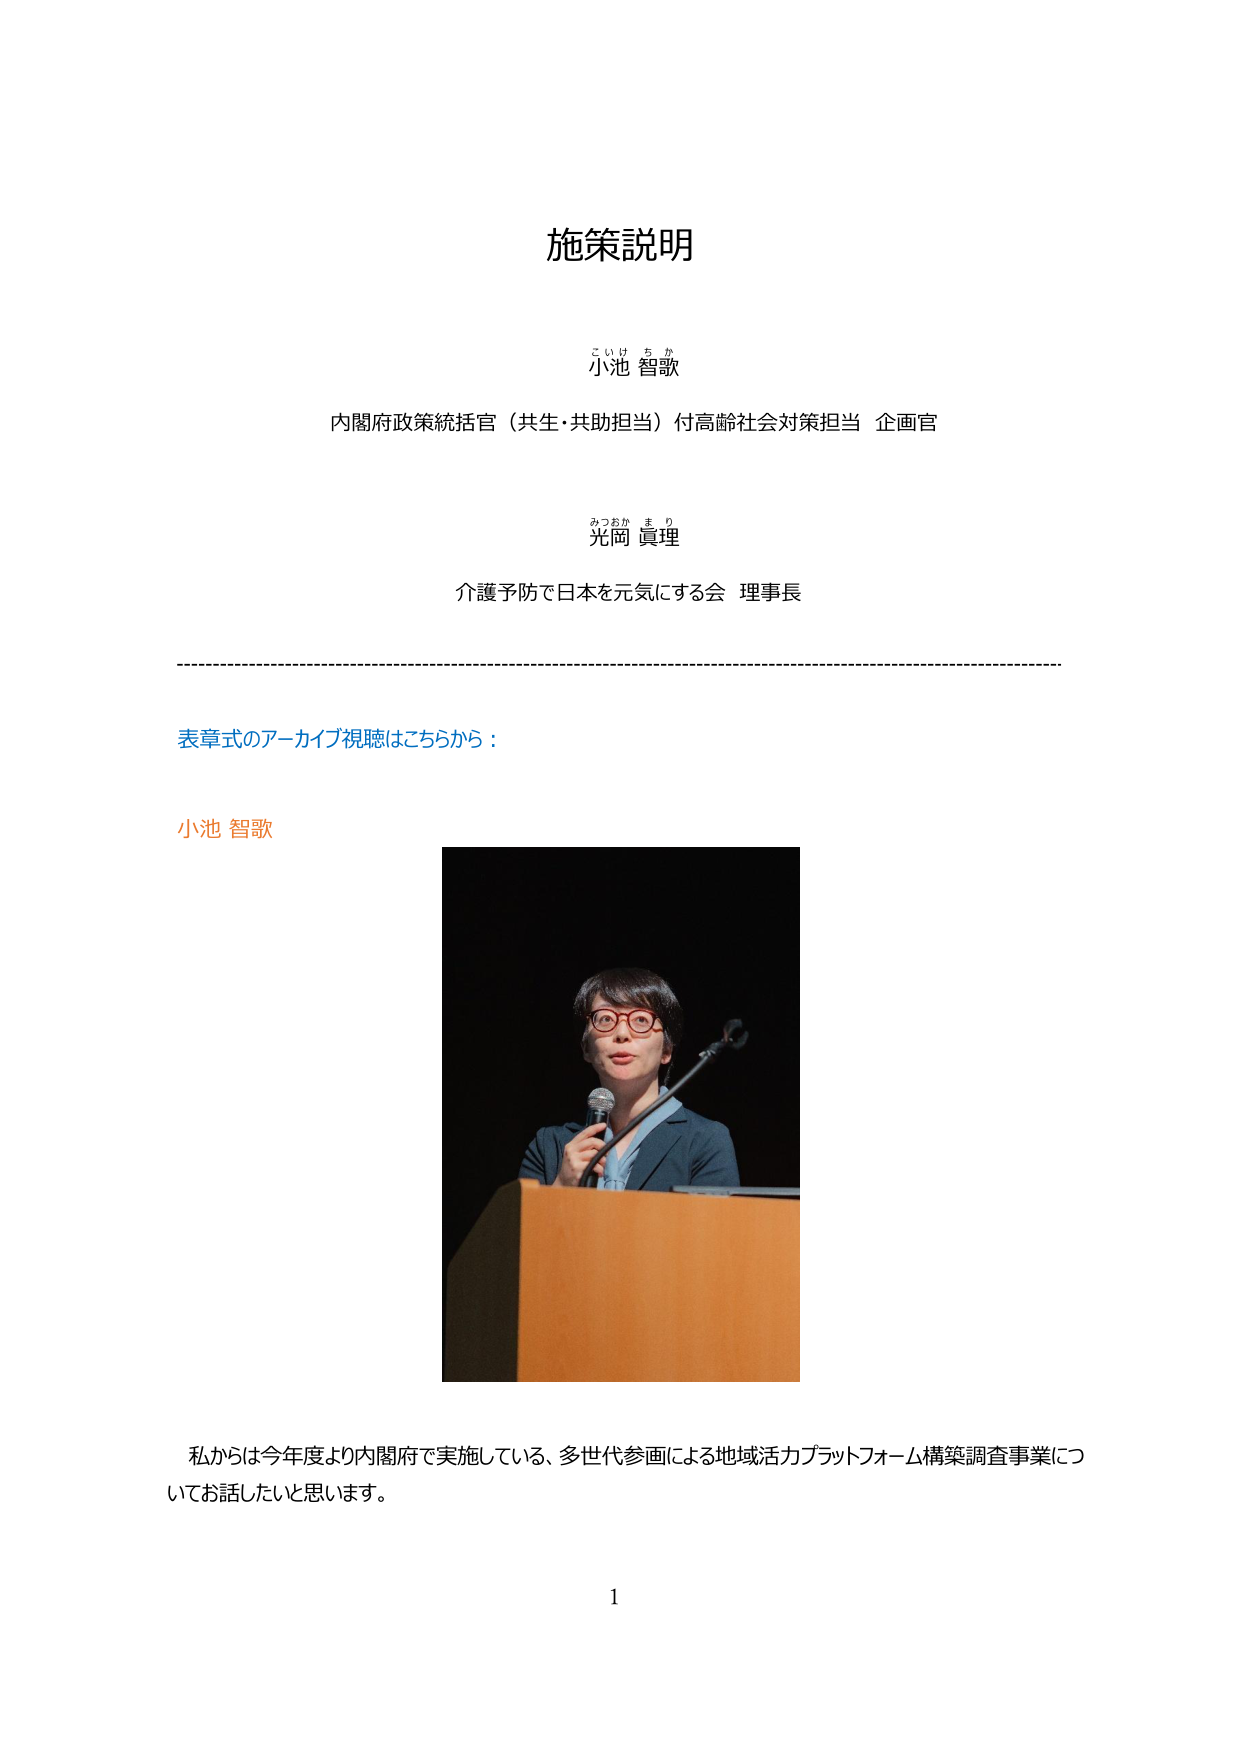
施策説明

こいけ ち か
小池 智歌
内閣府政策統括官（共生・共助担当）付高齢社会対策担当 企画官

みつおか ま り
光岡 真理
介護予防で日本を元気にする会 理事長

表章式のアーカイブ視聴はこちらから：

小池 智歌

私からは今年度より内閣府で実施している、多世代参画による地域活力プラットフォーム構築調査事業についてお話したいと思います。

1